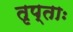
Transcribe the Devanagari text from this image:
तृप्ताः